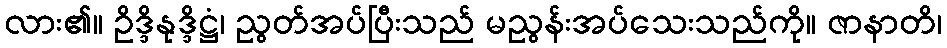
လား၏။ ဥိဒ္ဒိနုဒ္ဒိဋ္ဌံ၊ ညွတ်အပ်ပြီးသည် မညွန်းအပ်သေးသည်ကို။ ဇာနာတိ၊